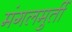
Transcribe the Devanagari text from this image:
मंगलमुर्ती